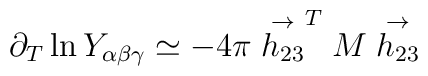
\partial_T \ln Y_{\alpha \beta \gamma} \simeq -4\pi\stackrel{\rightarrow}{h_{23}}^{ T} M \stackrel{\rightarrow}{h_{23} }